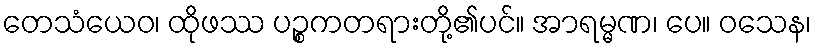
တေသံယေဝ၊ ထိုဖဿ ပဉ္စကတရားတို့၏ပင်။ အာရမ္မဏ၊ ပေ။ ဝသေန၊